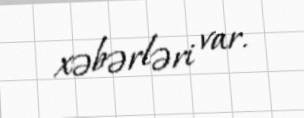
xəbərləri var.